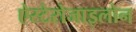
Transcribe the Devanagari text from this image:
ऐस्टेरोजाइलोन